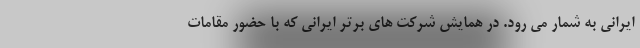
ایرانی به شمار می رود. در همایش شرکت های برتر ایرانی که با حضور مقامات